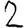
Digit: 2